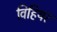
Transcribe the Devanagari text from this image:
विहियर